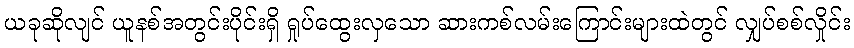
ယခုဆိုလျင် ယူနစ်အတွင်းပိုင်းရှိ ရှုပ်ထွေးလှသော ဆားကစ်လမ်းကြောင်းများထဲတွင် လျှပ်စစ်လှိုင်း